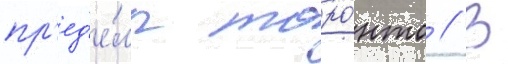
пр'ед'е́лы торо́нто // В